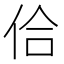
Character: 佮